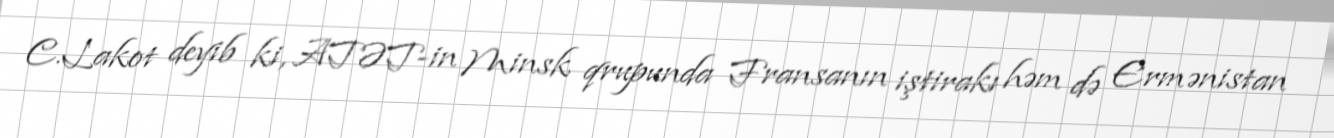
C.Lakot deyib ki, ATƏT-in Minsk qrupunda Fransanın iştirakı həm də Ermənistan